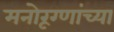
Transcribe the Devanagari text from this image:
मनोरूग्णांच्या